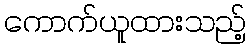
ကောက်ယူထားသည့်